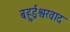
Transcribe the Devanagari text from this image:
बहुईश्वरवाद